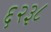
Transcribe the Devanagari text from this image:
६२३८